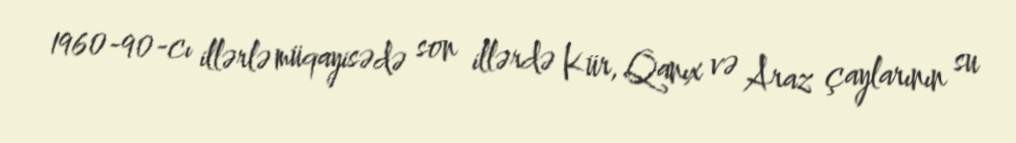
1960-90-cı illərlə müqayisədə son illərdə Kür, Qanıx və Araz çaylarının su